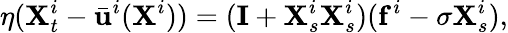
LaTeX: \eta({\mathbf{X}}_{t}^{i}-\bar{\mathbf{u}}^{i}(\mathbf{X}^{i}))=(\mathbf{I}+\mathbf{X}_{s}^{i}\mathbf{X}_{s}^{i})(\mathbf{f}^{i}-\sigma\mathbf{X}_{s}^{i}),